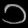
Digit: ၁